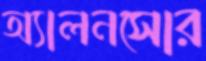
অ্যালনসোর